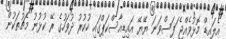
އެލައިޑް މޮޅުވެއްޖެ ަފަސްވަނަ ޔޭޔޭ އައިޑިއާސްކަޕްގައި ހުކުރު ދުވަހުގެ ރޭ ކުޅުނު މެޗުތަކުން